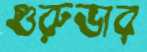
গুরুভার